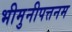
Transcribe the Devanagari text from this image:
भीमुनीपत्तनम